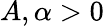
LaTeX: A,\alpha>0